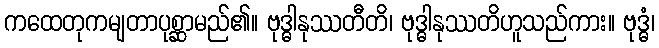
ကထေတုကမျတာပုစ္ဆာမည်၏။ ဗုဒ္ဓါနုဿတီတိ၊ ဗုဒ္ဓါနုဿတိဟူသည်ကား။ ဗုဒ္ဓံ၊